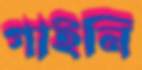
গাইনি